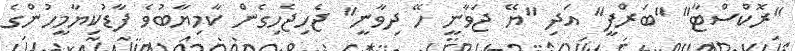
"ރޮކްސްޓާ" "ބަރްފީ" އަދި "ޔޭ ޖަވާނީ ހޭ ދިވާނީ" ޖެހިޖެހިގެން ކާމިޔާބުވެ ފާޑުކިޔާމީހުންގެ